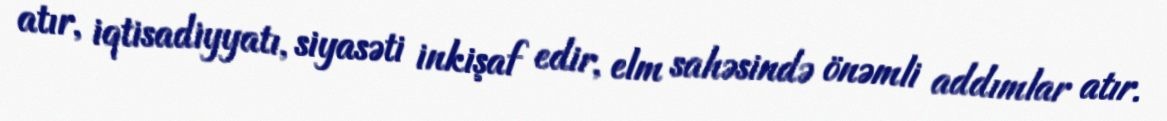
atır, iqtisadiyyatı, siyasəti inkişaf edir, elm sahəsində önəmli addımlar atır.